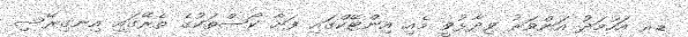
ޑރ އަހުމަދު އަންވަރު ވިދާޅުވީ މެއި އިންޓޭކްގައި ފަށާ ކޯސްތަކުގެ ތެރޭގައި އިނގިރޭސި